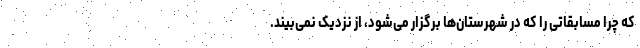
که چرا مسابقاتی را که در شهرستان‌ها برگزار می‌شود، از نزدیک نمی‌بیند.